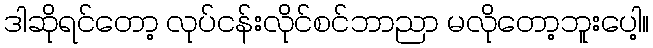
ဒါဆိုရင်တော့ လုပ်ငန်းလိုင်စင်ဘာညာ မလိုတော့ဘူးပေါ့။